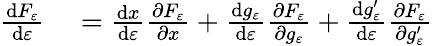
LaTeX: \begin{array}{rl}{{\frac{\mathrm{d}F_{\varepsilon}}{\mathrm{d}\varepsilon}}}&{{}={\frac{\mathrm{d}x}{\mathrm{d}\varepsilon}}{\frac{\partial F_{\varepsilon}}{\partial x}}+{\frac{\mathrm{d}g_{\varepsilon}}{\mathrm{d}\varepsilon}}{\frac{\partial F_{\varepsilon}}{\partial g_{\varepsilon}}}+{\frac{\mathrm{d}g_{\varepsilon}^{\prime}}{\mathrm{d}\varepsilon}}{\frac{\partial F_{\varepsilon}}{\partial g_{\varepsilon}^{\prime}}}}\end{array}